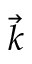
\vec { k }